Problem: 60 + 47 = ?
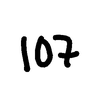
Handwritten answer: 107